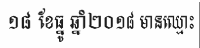
១៨ ខែធ្នូ ឆ្នាំ២០១៨ មានឈ្មោះ